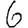
Digit: 6